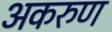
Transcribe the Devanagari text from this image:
अकरुण